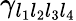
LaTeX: \gamma_{l_{1}l_{2}l_{3}l_{4}}